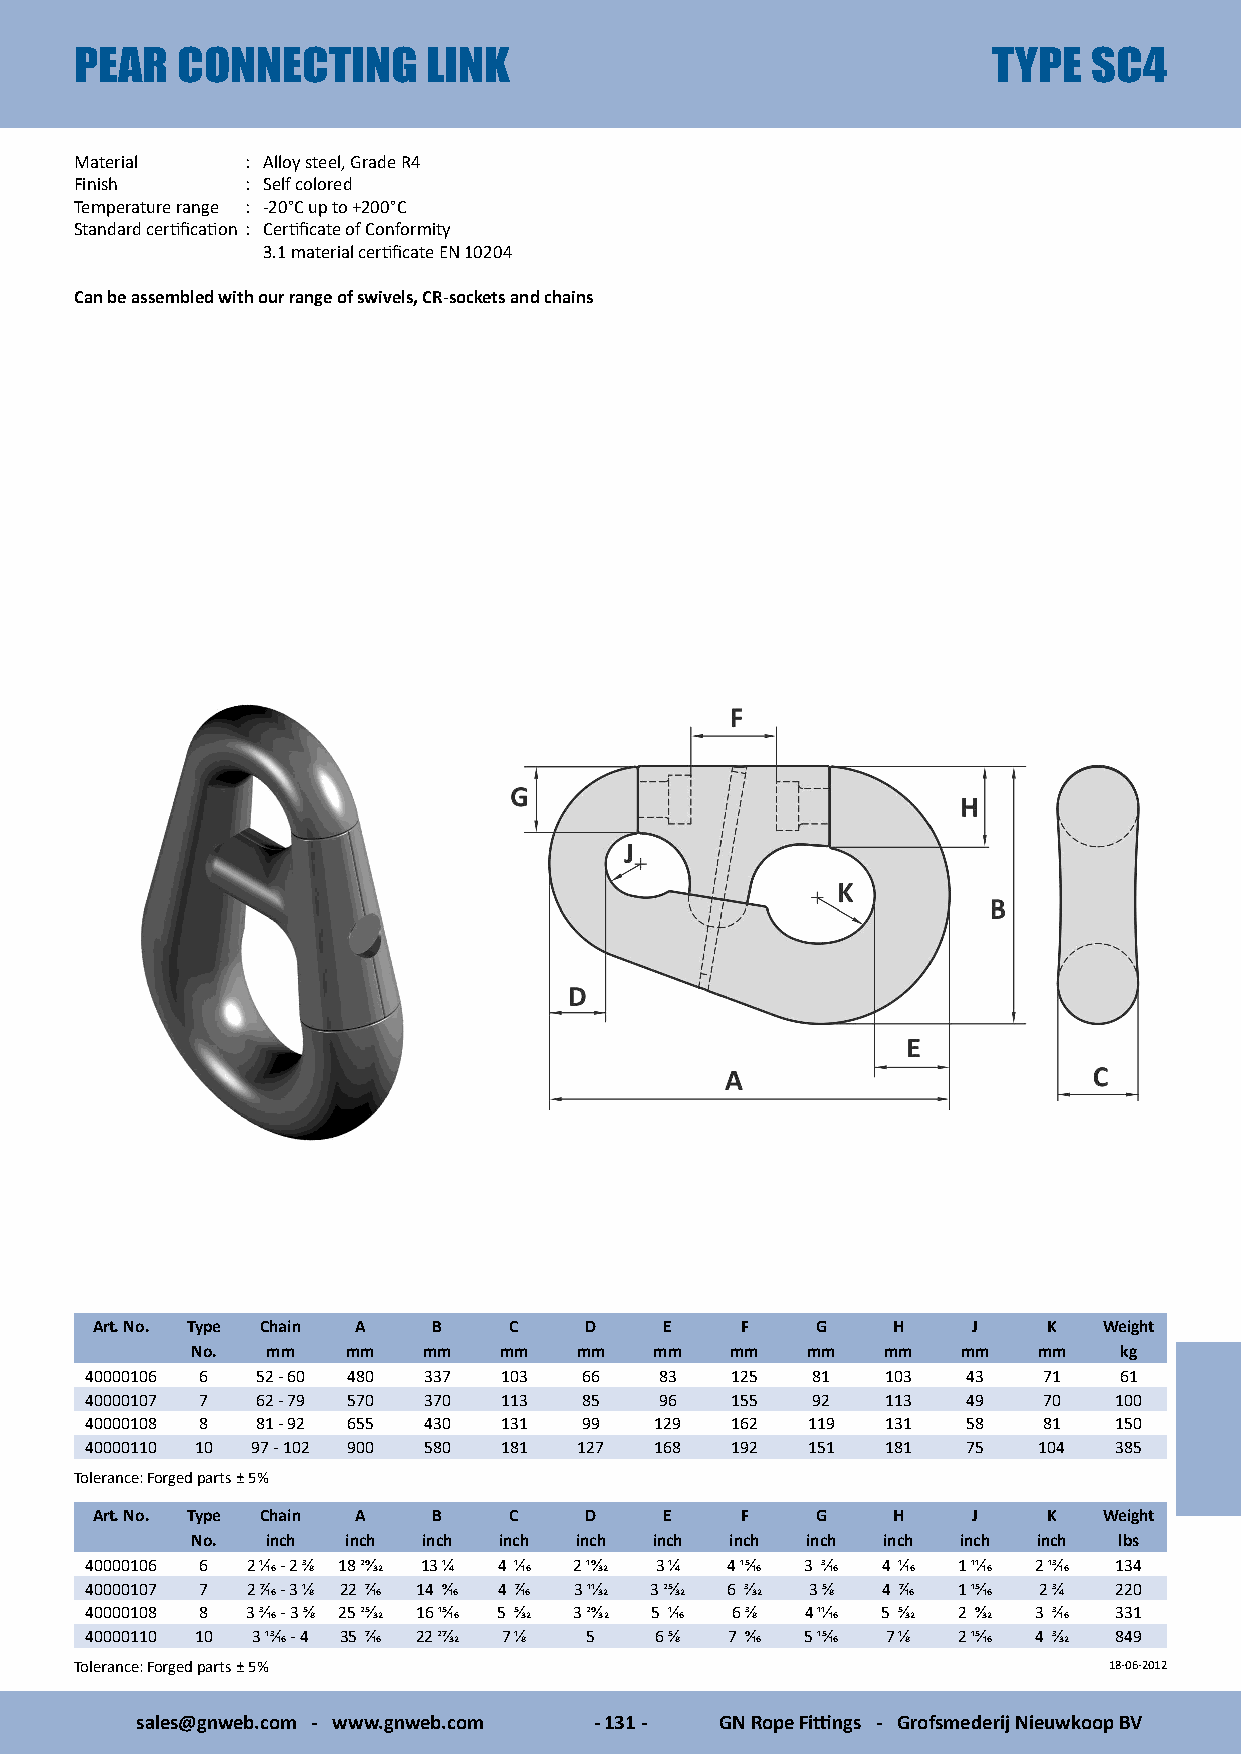
PEAR   CONNECTING      LINK                                  TYPE  SC4
 Material   : Alloy steel, Grade R4
 Finish     : Self colored
 Temperature range : -20°C up to +200°C
 Standard certification : Certificate of Conformity
 3.1 material certificate EN 10204
 Can be assembled with our range of swivels, CR-sockets and chains
 Art. No. Type Chain A  B    C    D    E    F    G    H    J    K   Weight
 No.  mm   mm   mm   mm   mm   mm   mm   mm   mm    mm   mm   kg
 40000106 6 52 - 60 480 337 103   66   83  125   81   103  43   71   61
 40000107 7 62 - 79 570 370 113   85   96  155   92   113  49   70   100
 40000108 8 81 - 92 655 430 131   99  129  162  119   131  58   81   150
 40000110 10 97 - 102 900 580 181 127 168  192  151   181  75   104  385
 Tolerance: Forged parts ± 5%
 Art. No. Type Chain A  B    C    D    E    F    G    H    J    K   Weight
 No.  inch inch inch inch inch inch inch inch inch  inch inch lbs
 40000106 6 2 1/16 - 2 3/8 18 29/32 13 1/4 4 1/16 2 19/32 3 1/4 4 15/16 3 3/16 4 1/16 1 11/16 2 13/16 134
 40000107 7 2 7/16 - 3 1/8 22 7/16 14 9/16 4 7/16 3 11/32 3 25/32 6 3/32 3 5/8 4 7/16 1 15/16 2 3/4 220
 40000108 8 3 3/16 - 3 5/8 25 25/32 16 15/16 5 5/32 3 29/32 5 1/16 6 3/8 4 11/16 5 5/32 2 9/32 3 3/16 331
 40000110 10 3 13/16 - 4 35 7/16 22 27/32 7 1/8 5 6 5/8 7 9/16 5 15/16 7 1/8 2 15/16 4 3/32 849
 Tolerance: Forged parts ± 5%                                        18-06-2012
 sales@gnweb.com - www.gnweb.com - 131 - GN Rope Fittings - Grofsmederij Nieuwkoop BV